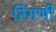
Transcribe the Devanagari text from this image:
रिंगणी